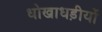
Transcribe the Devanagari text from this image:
धोखाधड़ीयों